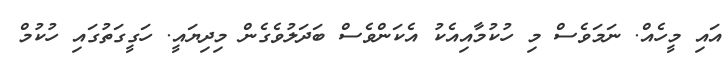
އައި މީހެއް. ނަމަވެސް މި ހުކުމާއިއެކު އެކަންވެސް ބަދަލުވެގެން މިދިޔައީ. ހަގީގަތުގައި ހުކުމް